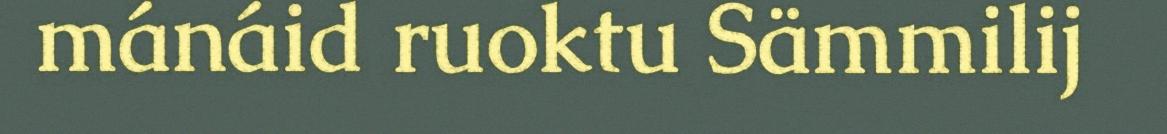
mánáid ruoktu Sämmilij